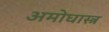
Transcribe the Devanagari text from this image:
अमोघास्त्र